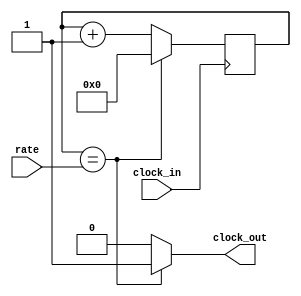
// `timescale time_unit/time_precision
`timescale 1ns / 1ns

/* rate divider module*/
/* given the clock_in, and the rate wanted, the custom rate divider
adapts the clock_out rate to be equal to the desired input rate*/
module rate_divider(
    // input
    clock_in,
    rate,

    // output
    clock_out);

    input clock_in;
    input [27:0] rate;
    output clock_out;

    reg [27:0] rate_counter;

    /* adds 1 binary to rate_counter if rate_counter not equal to rate*/
    // sensitive when clock_in is positive
    always @(posedge clock_in) begin
        if (rate_counter == rate)
            rate_counter <= 0;
        else
            rate_counter <= rate_counter + 1'b1;
    end

    // assigns clock_out value based on binary 1 or 0
    assign clock_out = (rate_counter == rate) ? 1'b1 : 1'b0;

endmodule